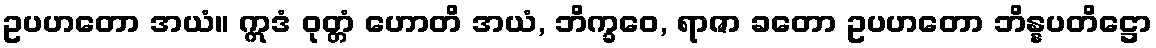
ဥပဟတော အယံ။ ဣဒံ ဝုတ္တံ ဟောတိ အယံ, ဘိက္ခဝေ, ရာဇာ ခတော ဥပဟတော ဘိန္နပတိဋ္ဌော